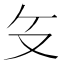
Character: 𰆰